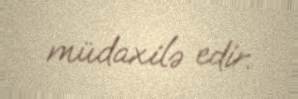
müdaxilə edir.